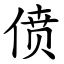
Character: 偾